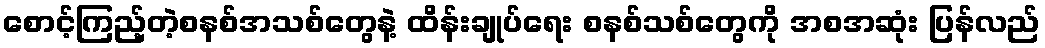
စောင့်ကြည့်တဲ့စနစ်အသစ်တွေနဲ့ ထိန်းချုပ်ရေး စနစ်သစ်တွေကို အစအဆုံး ပြန်လည်